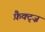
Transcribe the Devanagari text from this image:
फ़ैक्ट्ज़